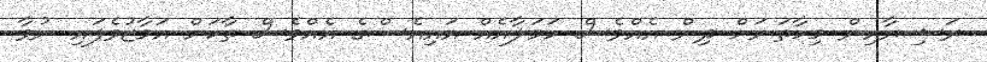
ރަޝިޔާއިން މިހާތަނަށް ދިން އެއްވެސް ހަމަލާއެއް އައިއެސްގެ އެއްވެސް ތާކަށް އަމާޒުވެފައި ނުވާ